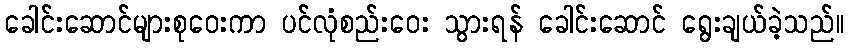
ခေါင်းဆောင်များစုဝေးကာ ပင်လုံစည်းဝေး သွားရန် ခေါင်းဆောင် ရွေးချယ်ခဲ့သည်။